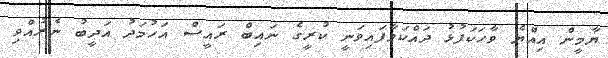
ޔާމީން އިއްޔެ ވާހަކަފުޅު ދައްކަވާފައިވަނީ ކުރީގެ ނައިބް ރައީސް އަހުމަދު އަދީބު ނެރުއްވި